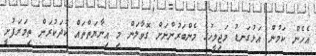
އެހެން ކަމުން އަޅުގަނޑު މަޖިލީހުގެ މެންބަރުންނަށް ގޮވާލަން މި އިނާޔަތްތައް ކުދަކުރަން ތިމަރަފުށީ